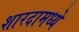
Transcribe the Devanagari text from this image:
शारदामध्ये